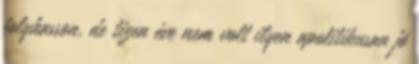
folyhasson, de tizen éve nem volt ilyen apolitikusan jó